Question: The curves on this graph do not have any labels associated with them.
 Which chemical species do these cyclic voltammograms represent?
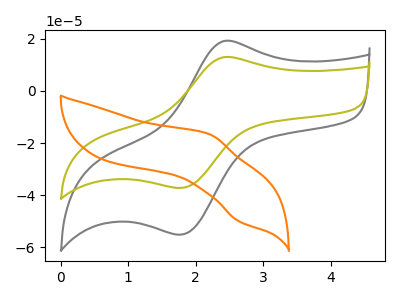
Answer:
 <answer>The gray curve does not have a label. The olive curve does not have a label. The orange curve does not have a label.</answer>
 <eval></eval>